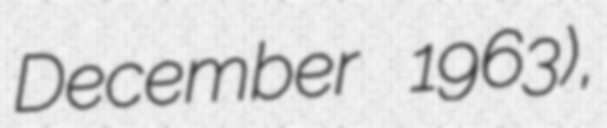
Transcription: December 1963),